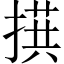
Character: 𪮙